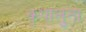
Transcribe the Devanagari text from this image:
कृपालुता